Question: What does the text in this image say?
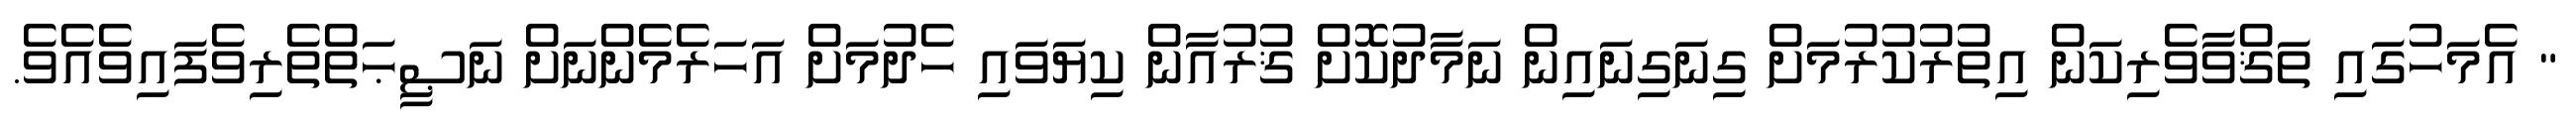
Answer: " އެމަހުގައި ތަޤްވާވެރިކަން އިތުރުކުރުމަށް ގިނަގިނައިން ނަމާދުކޮށް ޤުރުއާން ކިޔަވައި ހެދުމަށް އަހަރެމެންނަށް ނަޞީޙަތްތެރިވެފައިވެއެވެ.